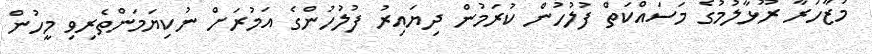
މުޒާހަރާ ރޫޅާލުމުގެ މަސައްކަތް ފުލުހުން ކުރަމުން ދިޔައިރު ފުލުހުންގެ އަމުރަށް ނުކިޔަމަންތެރިވި މީހުން